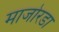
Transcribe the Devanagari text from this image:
माजोरडा